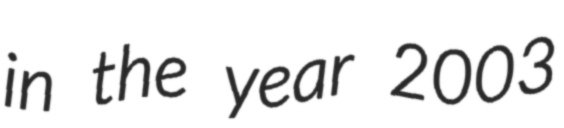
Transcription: in the year 2003